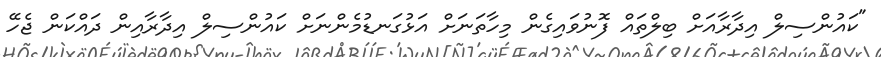
"ކައުންސިލް އިދާރާއަށް ބިލްތައް ފޮނުވައިގެން މިހާތަނަށް އަޅުގަނޑުމެންނަށް ކައުންސިލް އިދާރާއިން ދައްކަން ޖެހޭ